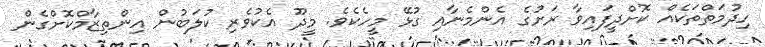
ހިދުމަތްތަކެއް ކޮށްދީފައިވާ ރަށުގެ އެންމެނާއި ގުޅޭ މީހެކެވެ. މީދޫ އެކުވެރި ކުލަބުން އިންތިޒާމްކޮށްގެން